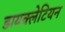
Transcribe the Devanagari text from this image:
डायक्लेटियन